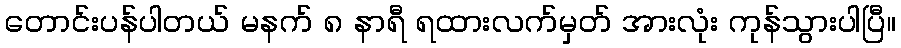
တောင်းပန်ပါတယ် မနက် ၈ နာရီ ရထားလက်မှတ် အားလုံး ကုန်သွားပါပြီ။